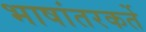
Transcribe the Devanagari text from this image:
भाषांतरकर्ते